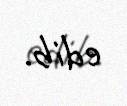
edib.